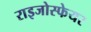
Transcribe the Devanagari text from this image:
राइजोस्फेयर